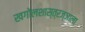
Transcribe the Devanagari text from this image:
खगोलशास्त्रज्ञाला